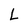
Character: L